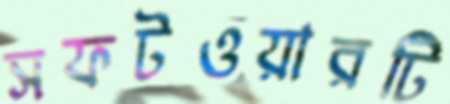
সফটওয়ারটি